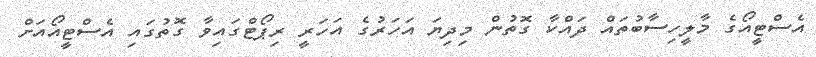
އެސްޓީއޯގެ މާލީހިސާބުތައް ދައްކާ ގޮތުން މިދިޔަ އަހަރުގެ އަހަރީ ރިޕޯޓްގައިވާ ގޮތުގައި އެސްޓީއޯއަށް